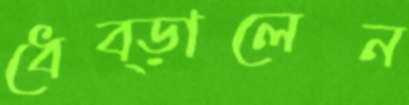
ধেব্‌ড়ালেন